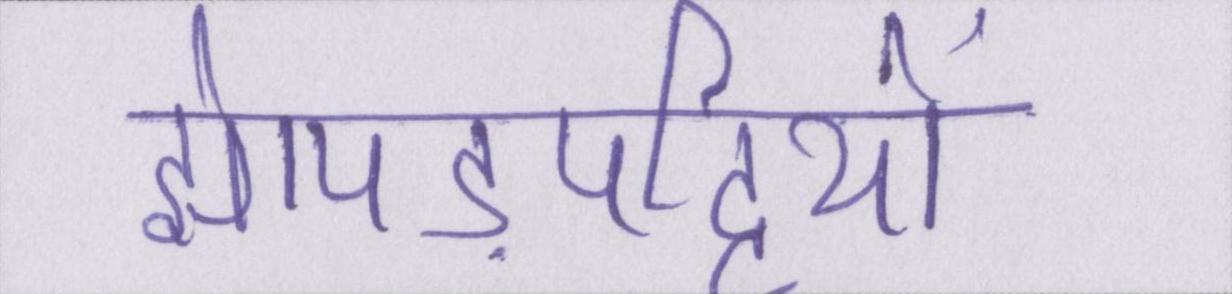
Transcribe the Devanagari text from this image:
झोपड़पट्टियों